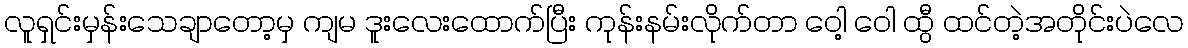
လူရှင်းမှန်းသေချာတော့မှ ကျမ ဒူးလေးထောက်ပြီး ကုန်းနမ်းလိုက်တာ ဝေါ့ ဝေါ ထွီ ထင်တဲ့အတိုင်းပဲလေ